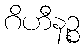
ဂိဟီနဉ္စ